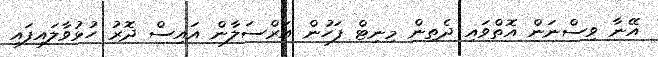
އޭނާ ވިސްނަން އޮތްވައި ދެތިން މިނިޓް ފަހުން އަރްސަލާން އައިސް ދޮރު ހުޅުވާލައިފައި